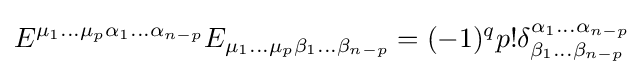
E^{\mu _{1}\dots \mu _{p}\alpha _{1}\dots \alpha _{n-p}}E_{\mu _{1}\dots \mu _{p}\beta _{1}\dots \beta _{n-p}}=(-1)^{q}p!\delta _{\beta _{1}\dots \beta _{n-p}}^{\alpha _{1}\dots \alpha _{n-p}}